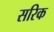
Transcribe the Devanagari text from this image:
सरिक